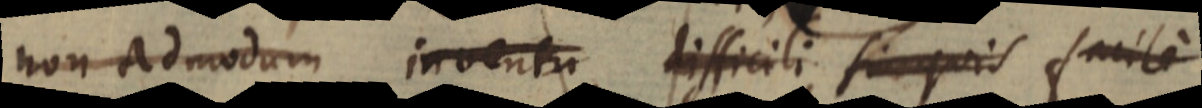
non admodum inventu difficili si quis facile